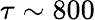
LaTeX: \tau\sim 800